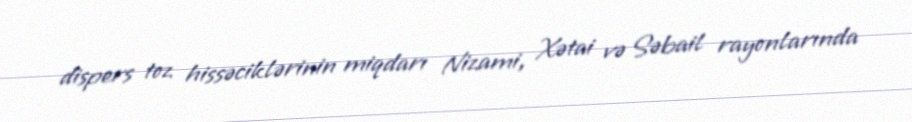
dispers toz hissəciklərinin miqdarı Nizami, Xətai və Səbail rayonlarında